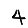
Digit: 4